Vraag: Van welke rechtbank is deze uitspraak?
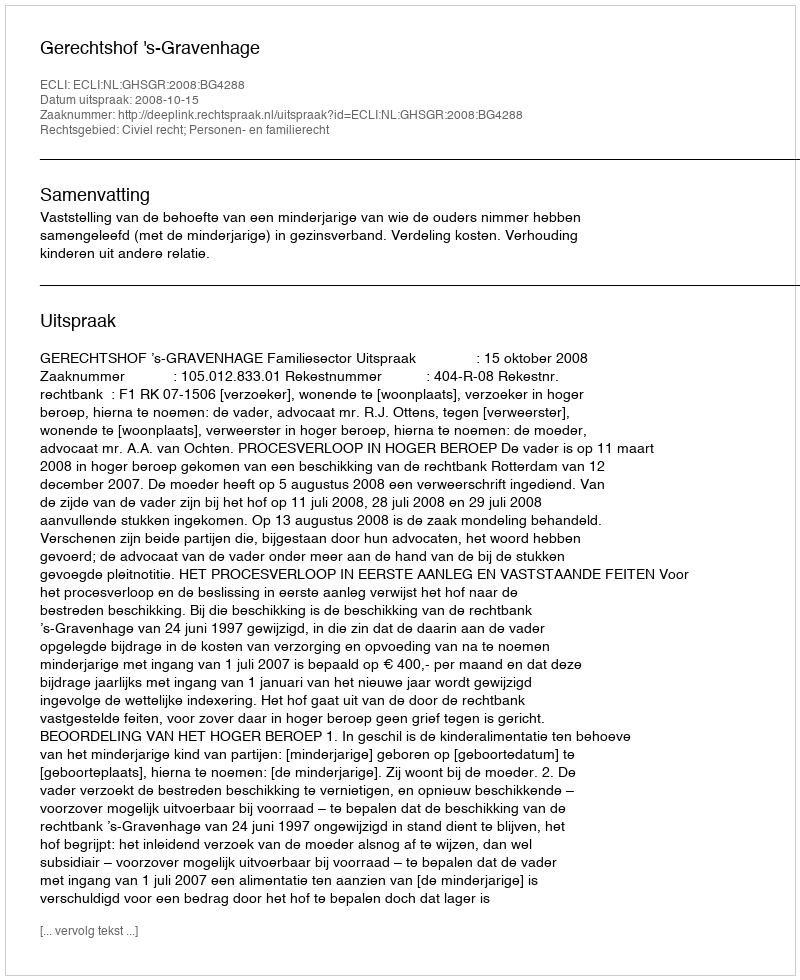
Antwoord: Gerechtshof 's-Gravenhage